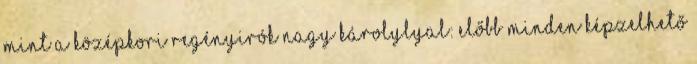
mint a középkori regényirók Nagy Károlylyal: előbb minden képzelhető